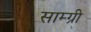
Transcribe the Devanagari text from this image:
साम्ग्री